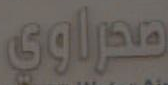
صحراوي